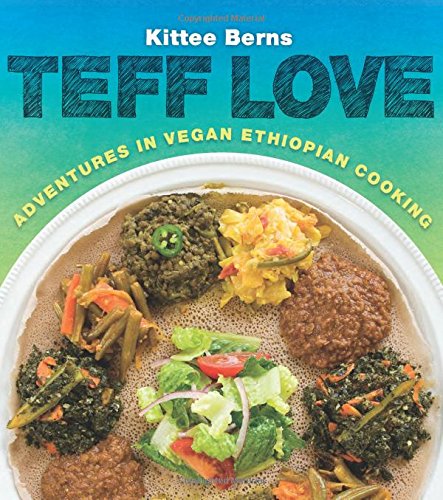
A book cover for Teff Love: Adventures in Vegan Ethiopian Cooking; Kittee Berns; Cookbooks, Food & Wine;